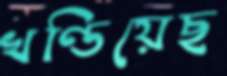
খণ্ডিয়েছ